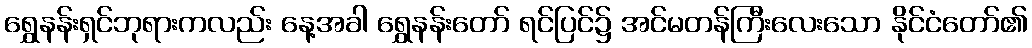
ရွှေနန်းရှင်ဘုရားကလည်း နေ့အခါ ရွှေနန်းတော် ရင်ပြင်၌ အင်မတန်ကြီးလေးသော နိုင်ငံတော်၏